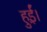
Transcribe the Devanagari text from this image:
हुई़ं।